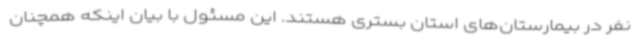
نفر در بیمارستان‌های استان بستری هستند. این مسئول با بیان اینکه همچنان